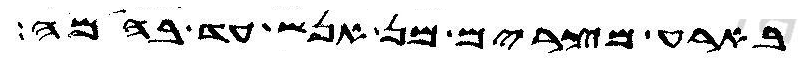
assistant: בארע מצרים מן אנש עד בהמה